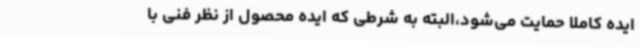
ایده کاملا حمایت می‌شود،البته به شرطی که ایده محصول از نظر فنی با